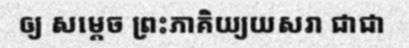
ឲ្យ សម្តេច ព្រះភាគិយ្យយសរា ជាជា